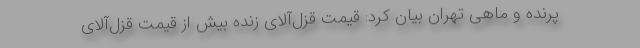
پرنده و ماهی تهران بیان کرد: قیمت قزل‌آلای زنده بیش از قیمت قزل‌آلای